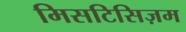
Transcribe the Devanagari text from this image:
मिसटिसिज़म